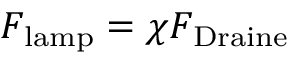
F _ { \mathrm { { l a m p } } } = \chi F _ { \mathrm { { D r a i n e } } }